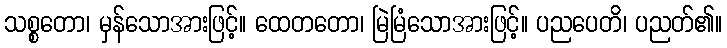
သစ္စတော၊ မှန်သောအားဖြင့်။ ထေတတော၊ မြဲမြံသောအားဖြင့်။ ပညပေတိ၊ ပညတ်၏။